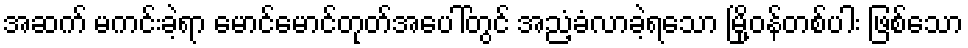
အဆက် မကင်းခဲ့ရာ မောင်မောင်တုတ်အပေါ်တွင် အညံ့ခံလာခဲ့ရသော မြို့ဝန်တစ်ပါး ဖြစ်သော